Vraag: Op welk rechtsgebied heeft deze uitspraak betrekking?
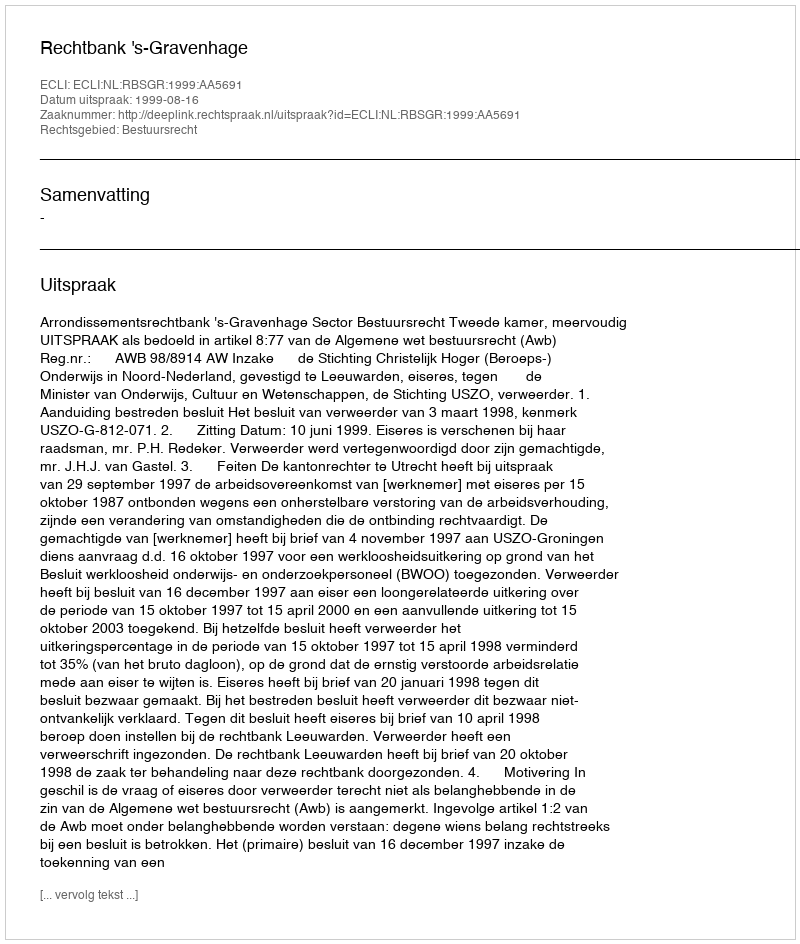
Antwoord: Bestuursrecht